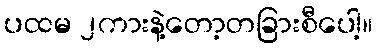
ပထမ ၂ကားနဲ့တော့တခြားစီပေါ့။